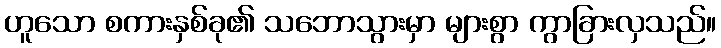
ဟူသော စကားနှစ်ခု၏ သဘောသွားမှာ များစွာ ကွာခြားလှသည်။